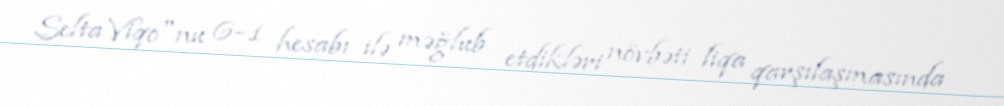
Selta Viqo"nu 6–1 hesabı ilə məğlub etdikləri növbəti liqa qarşılaşmasında